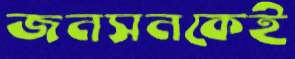
জনসনকেই